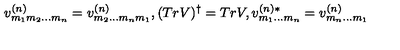
v _ { m _ { 1 } m _ { 2 } \ldots m _ { n } } ^ { ( n ) } = v _ { m _ { 2 } \ldots m _ { n } m _ { 1 } } ^ { ( n ) } , ( T r V ) ^ { \dagger } = T r V , v _ { m _ { 1 } \ldots m _ { n } } ^ { ( n ) * } = v _ { m _ { n } \ldots m _ { 1 } } ^ { ( n ) }